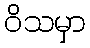
ဝိသမှာ